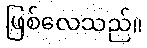
ဖြစ်လေသည်။